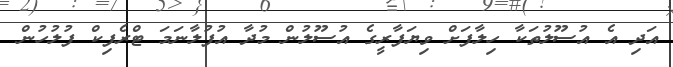
އަދި އެ އުސޫލުތަކާ ހިލާފަށް ވިޔަފާރީގެ އުސޫލުން މުދާ އުފުލާނަމަ ޓްރެފިކް ފުލުހުން